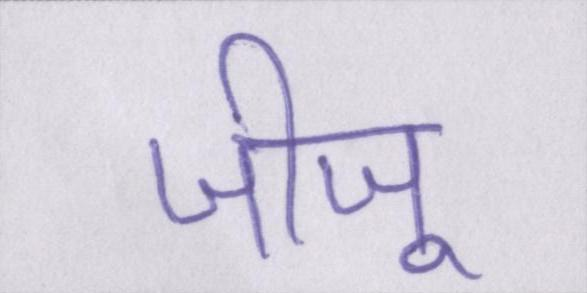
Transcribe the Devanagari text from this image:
जीजू